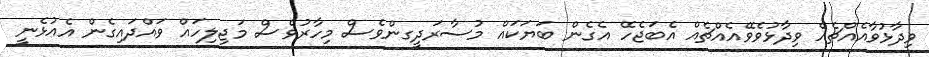
ވިދާޅުވާއެއްޗެއް ވިދާޅުވެވޭއެއްޗެއް އެބަޖެހޭ އެގެން ބަޔަކައް މުސާރަދީގންވެސް މިހާރުވެސް މަޖިލިހައް ވައްދައިގެން އެއުޅެނީ